Report on vaccination in the Province of Bengal - 1874-1889
Year: 1874
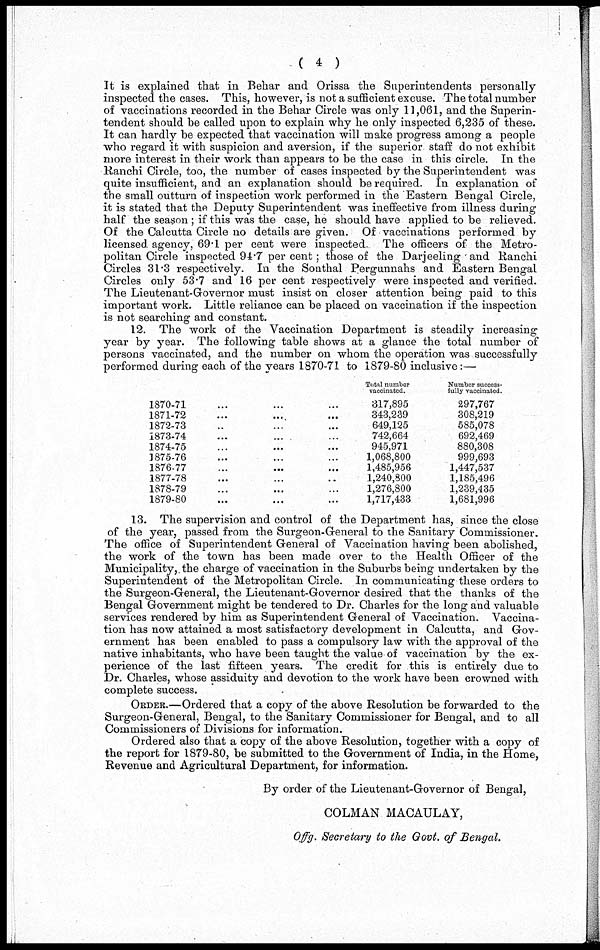
( 4 )
It is explained that in Behar and Orissa the Superintendents personally
inspected the cases. This, however, is not a sufficient excuse. The total number
of vaccinations recorded in the Behar Circle was only 11,061, and the Superin-
tendent should be called upon to explain why he only inspected 6,235 of these.
It can hardly be expected that vaccination will make progress among a people
who regard it with suspicion and aversion, if the superior staff do not exhibit
more interest in their work than appears to be the case in this circle. In the
Ranchi Circle, too, the number of cases inspected by the Superintendent was
quite insufficient, and an explanation should be required. In explanation of
the small outturn of inspection work performed in the Eastern Bengal Circle,
it is stated that the Deputy Superintendent was ineffective from illness during
half the season ; if this was the case, he should have applied to be relieved.
Of the Calcutta Circle no details are given. Of vaccinations performed by
licensed agency, 69.1 per cent were inspected. The officers of the Metro-
politan Circle inspected 94.7 per cent; those of the Darjeeling and Ranchi
Circles 31.3 respectively. In the Sonthal Pergunnahs and Eastern Bengal
Circles only 53.7 and 16 per cent respectively were inspected and verified.
The Lieutenant-Governor must insist on closer attention being paid to this
important work. Little reliance can be placed on vaccination if the inspection
is not searching and constant.
12. The work of the Vaccination Department is steadily increasing
year by year. The following table shows at a glance the total number of
persons vaccinated, and the number on whom the operation was successfully
performed during each of the years 1870-71 to 1879-80 inclusive:—
1870-71 ... ... ...
1871-72 ... ... ...
1872-73 ... ... ...
1873-74 ... ... ...
1874-75 ... ... ...
1875-76 ... ... ...
1876-77 ... ... ...
1877-78 ... ... ...
1878-79 ... ... ...
1879-80 ... ... ...
Total number
vaccinated.
317,895
343,239
649,125
742,664
945,971
1,068,800
1,485,956
1,240,800
1,276,800
1,717,433
Number success-
fully vaccinated.
297,767
308,219
585,078
692,469
880,308
999,693
1,447,537
1,185,496
1,239,435
1,681,996
13. The supervision and control of the Department has, since the close
of the year, passed from the Surgeon-General to the Sanitary Commissioner.
The office of Superintendent General of Vaccination having been abolished,
the work of the town has been made over to the Health Officer of the
Municipality, the charge of vaccination in the Suburbs being undertaken by the
Superintendent of the Metropolitan Circle. In communicating these orders to
the Surgeon-General, the Lieutenant-Governor desired that the thanks of the
Bengal Government might be tendered to Dr. Charles for the long and valuable
services rendered by him as Superintendent General of Vaccination. Vaccina-
tion has now attained a most satisfactory development in Calcutta, and Gov-
ernment has been enabled to pass a compulsory law with the approval of the
native inhabitants, who have been taught the value of vaccination by the ex-
perience of the last fifteen years. The credit for this is entirely due to
Dr. Charles, whose assiduity and devotion to the work have been crowned with
complete success.
ORDER.—Ordered that a copy of the above Resolution be forwarded to the
Surgeon-General, Bengal, to the Sanitary Commissioner for Bengal, and to all
Commissioners of Divisions for information.
Ordered also that a copy of the above Resolution, together with a copy of
the report for 1879-80, be submitted to the Government of India, in the Home,
Revenue and Agricultural Department, for information.
By order of the Lieutenant-Governor of Bengal,
COLMAN MACAULAY,
Offg. Secretary to the Govt. of Bengal.